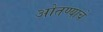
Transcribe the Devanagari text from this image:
ओतण्याचे